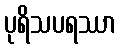
ပုရိသပရဿာ